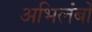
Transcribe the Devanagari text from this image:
अभिलंबों